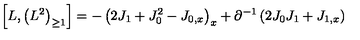
\left[ L , \left( L ^ { 2 } \right) _ { \geq 1 } \right] = - \left( 2 J _ { 1 } + J _ { 0 } ^ { 2 } - J _ { 0 , x } \right) _ { x } + \partial ^ { - 1 } \left( 2 J _ { 0 } J _ { 1 } + J _ { 1 , x } \right)